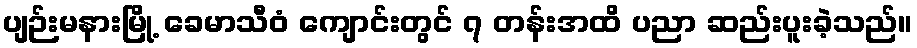
ပျဉ်းမနားမြို့ ခေမာသီဝံ ကျောင်းတွင် ၇ တန်းအထိ ပညာ ဆည်းပူးခဲ့သည်။